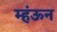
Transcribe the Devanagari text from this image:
म्हंऊन